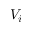
V _ { i }